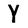
Character: Y